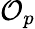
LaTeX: {\mathcal{O}}_{p}